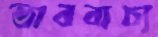
ভাববাচ্য